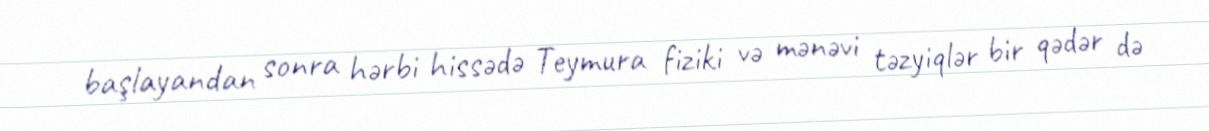
başlayandan sonra hərbi hissədə Teymura fiziki və mənəvi təzyiqlər bir qədər də